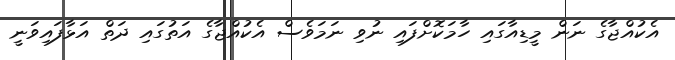
އެކުއްޖާގެ ނަން މީޑިއާގައި ހާމަކޮށްފައި ނުވި ނަމަވެސް އެކުއްޖާގެ އަތުގައި ދަތް އަޅާފައިވަނީ